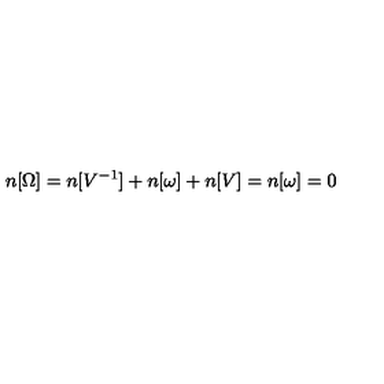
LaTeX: n [ \Omega ] = n [ V ^ { - 1 } ] + n [ \omega ] + n [ V ] = n [ \omega ] = 0